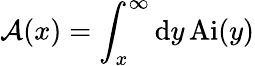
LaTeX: {\mathcal A(x)=\int_{x}^{\infty}\mathrm{d}y\, \mathrm{Ai}(y)}